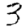
Digit: 3